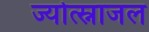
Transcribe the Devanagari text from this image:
ज्योत्स्नाजल